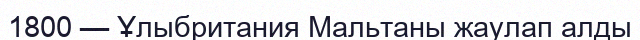
1800 — Ұлыбритания Мальтаны жаулап алды